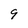
Character: 9